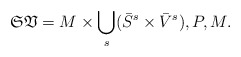
\begin{align*} \mathfrak{SV}=M\times \bigcup_{s}(\bar{S}^{s} \times \bar{V}^{s}),P,M.\end{align*}